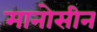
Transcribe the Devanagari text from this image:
मानोसीन